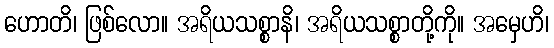
ဟောတိ၊ ဖြစ်လော။ အရိယသစ္စာနိ၊ အရိယသစ္စာတို့ကို။ အမှေဟိ၊